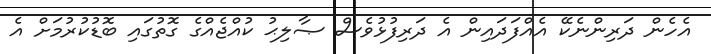
އެހެން ދަރިންނެކޭ އެއްފަދައިން އެ ދަރިފުޅުވެސް ޞާލިޙު ކުއްޖެއްގެ ގޮތުގައި ބޮޑުކުރުމަށް އެ